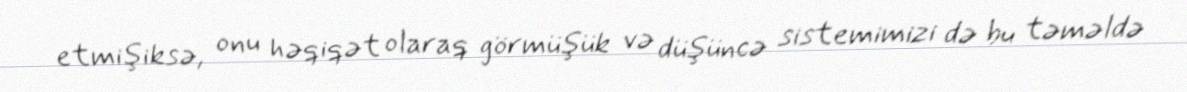
etmişiksə, onu həqiqət olaraq görmüşük və düşüncə sistemimizi də bu təməldə